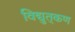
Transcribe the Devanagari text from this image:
विद्युत्‌कण